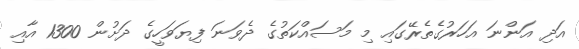
އަދި އަންނަ އަހަރުގެތެރޭގައި މި މަސައްކަތުގެ ދެވަނަ ފިޔަވަހީގެ ދަށުން 1300 އާއި